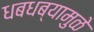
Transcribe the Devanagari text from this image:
धबधब्यामुळे